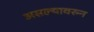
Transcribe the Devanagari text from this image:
असल्यावरुन